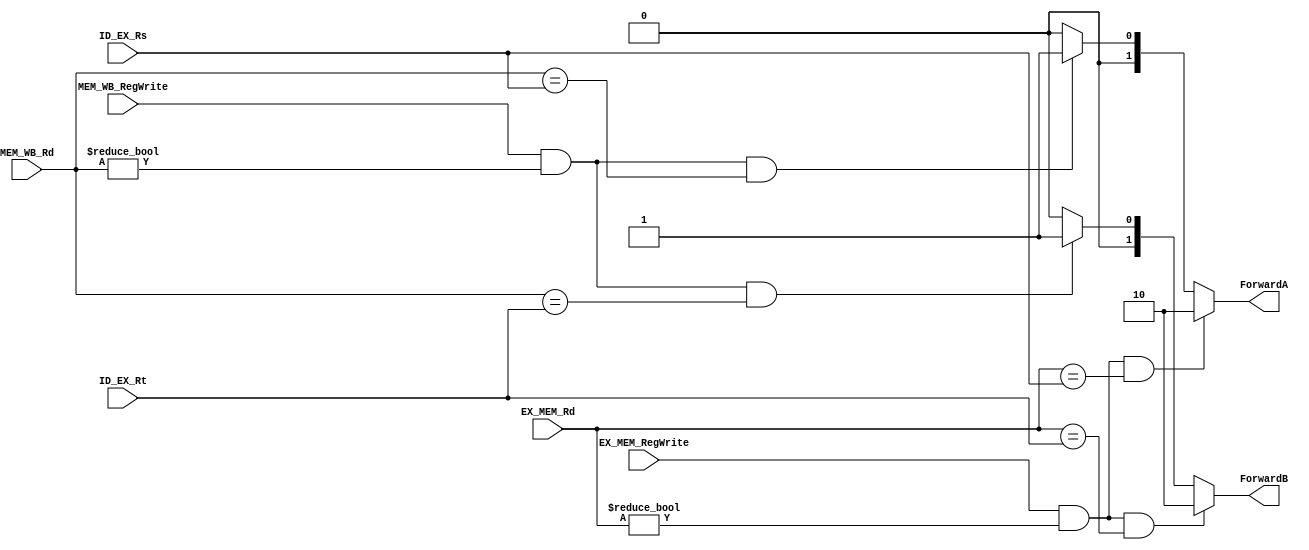
module forwardingUnit #(
	parameter BIT_WIDTH = 5
)(
	input [BIT_WIDTH - 1:0] ID_EX_Rs,
	input [BIT_WIDTH - 1:0] ID_EX_Rt,
	input [BIT_WIDTH - 1:0] EX_MEM_Rd,
	input [BIT_WIDTH - 1:0] MEM_WB_Rd,
	input EX_MEM_RegWrite,
	input MEM_WB_RegWrite,
	output [1:0] ForwardA,
	output [1:0] ForwardB
);
//rs: rs1
//rt: rs2
 reg [1:0] ForwardA_tmp;
 reg [1:0] ForwardB_tmp;
	always @(ID_EX_Rs, ID_EX_Rt, EX_MEM_Rd, MEM_WB_Rd, EX_MEM_RegWrite, MEM_WB_RegWrite) begin
		ForwardA_tmp = 2'b00;
		ForwardB_tmp = 2'b00;
	
		if((EX_MEM_RegWrite == 1'b1) && (EX_MEM_Rd != 5'b00000) && (EX_MEM_Rd == ID_EX_Rs)) begin
			ForwardA_tmp = 2'b10;
		end else if((MEM_WB_RegWrite == 1'b1) && (MEM_WB_Rd != 5'b00000) && (MEM_WB_Rd == ID_EX_Rs)) begin
			ForwardA_tmp = 2'b01;
		end
		
		if((EX_MEM_RegWrite == 1'b1) && (EX_MEM_Rd != 5'b00000) && (EX_MEM_Rd == ID_EX_Rt)) begin
			ForwardB_tmp = 2'b10;
		end else if((MEM_WB_RegWrite == 1'b1) && (MEM_WB_Rd != 5'b00000) && (MEM_WB_Rd == ID_EX_Rt)) begin
			ForwardB_tmp = 2'b01;
		end
	end

	assign ForwardA = ForwardA_tmp;
	assign ForwardB = ForwardB_tmp;
endmodule